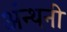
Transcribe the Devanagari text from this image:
अंन्थनी